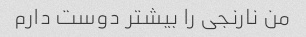
من نارنجی را بیشتر دوست دارم